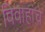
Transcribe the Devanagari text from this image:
विवाहांचे